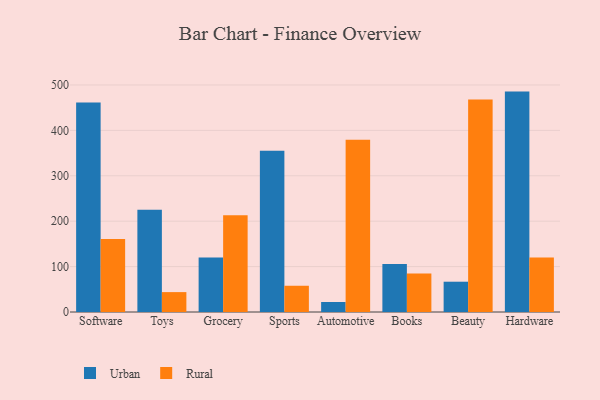
{"axis": {"x": "Category", "y": "Bounce Rate (%)"}, "legend": ["Rural", "Urban"], "data": [{"x": "Software", "y": 461.6, "type": "Urban"}, {"x": "Software", "y": 160.9, "type": "Rural"}, {"x": "Toys", "y": 225.1, "type": "Urban"}, {"x": "Toys", "y": 43.8, "type": "Rural"}, {"x": "Grocery", "y": 120.3, "type": "Urban"}, {"x": "Grocery", "y": 213.3, "type": "Rural"}, {"x": "Sports", "y": 355.2, "type": "Urban"}, {"x": "Sports", "y": 57.8, "type": "Rural"}, {"x": "Automotive", "y": 22.1, "type": "Urban"}, {"x": "Automotive", "y": 379.4, "type": "Rural"}, {"x": "Books", "y": 105.9, "type": "Urban"}, {"x": "Books", "y": 85.0, "type": "Rural"}, {"x": "Beauty", "y": 66.7, "type": "Urban"}, {"x": "Beauty", "y": 467.8, "type": "Rural"}, {"x": "Hardware", "y": 485.4, "type": "Urban"}, {"x": "Hardware", "y": 119.9, "type": "Rural"}]}